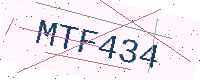
Text: MTF434